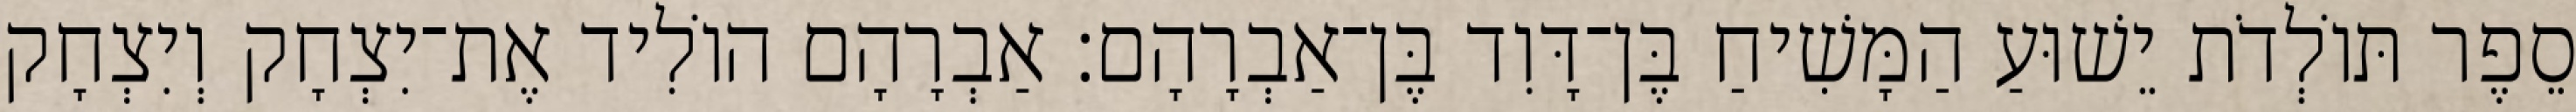
סֵפֶר תּוֹלְדֹת יֵשׁוּעַ הַמָּשִׁיחַ בֶּן־דָּוִד בֶּן־אַבְרָהָם׃ אַבְרָהָם הוֹלִיד אֶת־יִצְחָק וְיִצְחָק